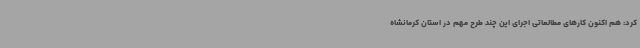
کرد: هم اکنون کارهای مطالعاتی اجرای این چند طرح مهم در استان کرمانشاه